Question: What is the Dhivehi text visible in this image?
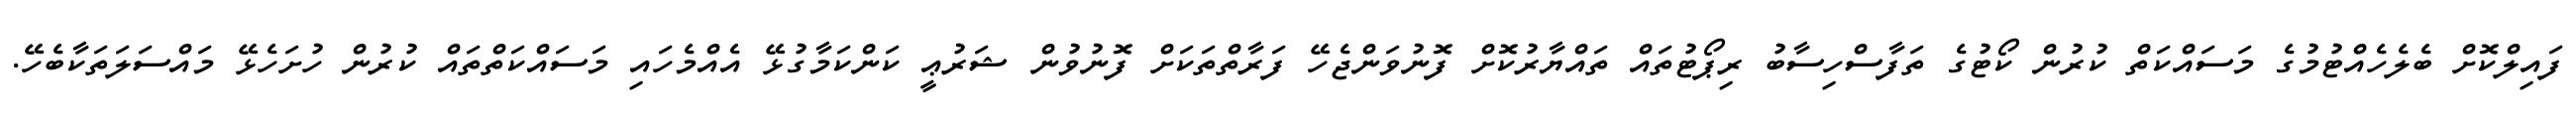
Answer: ފައިލްކޮށް ބެލެހެއްޓުމުގެ މަސައްކަތް ކުރުން ކޯޓުގެ ތަފާސްހިސާބު ރިޕޯޓުތައް ތައްޔާރުކޮށް ފޮނުވަންޖެހޭ ފަރާތްތަކަށް ފޮނުވުން ޝަރުޢީ ކަންކަމާގުޅޭ އެއްމެހައި މަސައްކަތްތައް ކުރުން ހުށަހެޅޭ މައްސަލަތަކާބެހޭ.